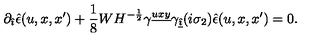
\partial _ { \hat { \imath } } \hat { \epsilon } ( u , x , x ^ { \prime } ) + { \frac { 1 } { 8 } } W H ^ { - \frac { 1 } { 2 } } \gamma ^ { \underline { { u x y } } } \gamma _ { \underline { { \hat { \imath } } } } ( i \sigma _ { 2 } ) \hat { \epsilon } ( u , x , x ^ { \prime } ) = 0 .